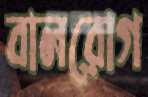
বালরোগ